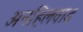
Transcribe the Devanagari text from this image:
अनहिलवाड